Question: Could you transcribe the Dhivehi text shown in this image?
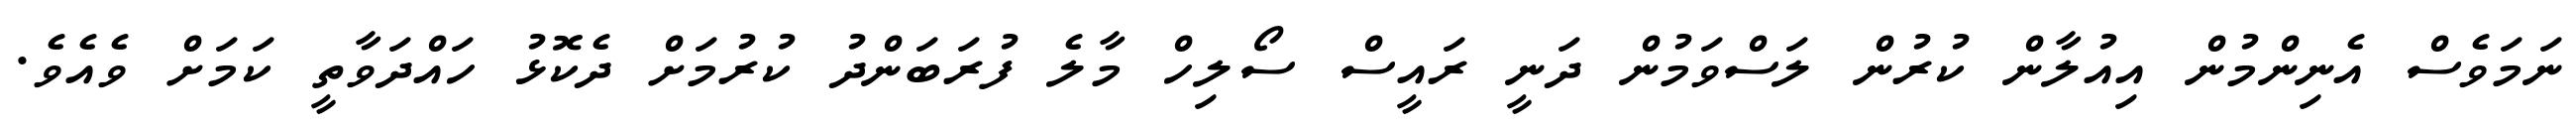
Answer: ނަމަވެސް އެނިންމުން އިއުލާން ކުރުން ލަސްވަމުން ދަނީ ރައީސް ސޯލިހް މާލެ ފުރަބަންދު ކުރުމަށް ދެކޮޅު ހައްދަވާތީ ކަމަށް ވެއެވެ.